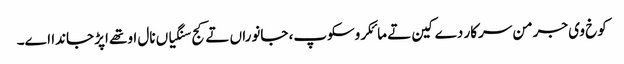
کوخ وی جرمن سرکار دے کین تے مائکروسکوپ، جانوراں تے کج سنگیاں نال اوتھے اپڑ جاندا اے۔